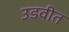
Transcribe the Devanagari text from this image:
उडवीत